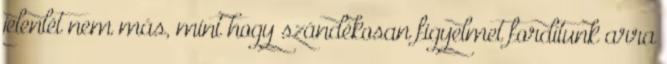
jelenlét nem más, mint hogy szándékosan figyelmet fordítunk arra